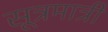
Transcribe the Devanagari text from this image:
सूत्रमात्री